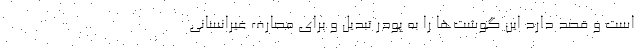
است و قصد دارد این گوشت‌ها را به پودر تبدیل و برای مصارف غیرانسانی